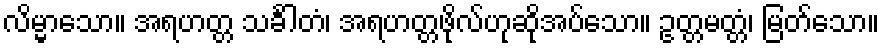
လိမ္မာသော။ အရဟတ္တ သင်္ခါတံ၊ အရဟတ္တဖိုလ်ဟုဆိုအပ်သော။ ဥတ္တမတ္တံ၊ မြတ်သော။